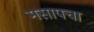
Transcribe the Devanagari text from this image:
मसापचा